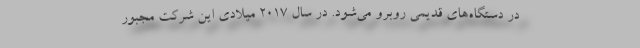
در دستگاه‌های قدیمی روبرو می‌شود. در سال ۲۰۱۷ میلادی این شرکت مجبور